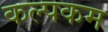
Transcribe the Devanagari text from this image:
कल्पकम